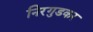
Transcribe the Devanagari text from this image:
निरगुडकर